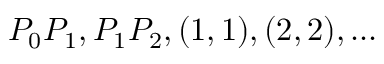
P _ { 0 } P _ { 1 } , P _ { 1 } P _ { 2 } , ( 1 , 1 ) , ( 2 , 2 ) , \dotsc